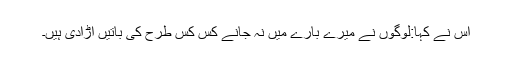
اس نے کہا:لوگوں نے میرے بارے میں نہ جانے کس کس طرح کی باتیں اڑادی ہیں۔